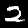
Label: 2